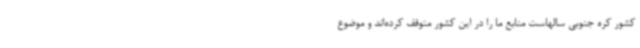
کشور کره جنوبی سالهاست منابع ما را در این کشور متوقف کرده‌اند و موضوع